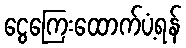
ငွေကြေးထောက်ပံ့ရန်